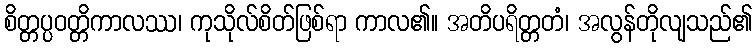
စိတ္တပ္ပဝတ္တိကာလဿ၊ ကုသိုလ်စိတ်ဖြစ်ရာ ကာလ၏။ အတိပရိတ္တတံ၊ အလွန်တိုလျသည်၏